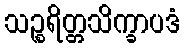
သဉ္စရိတ္တသိက္ခာပဒံ